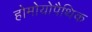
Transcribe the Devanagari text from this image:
होमोयोपैथिक